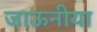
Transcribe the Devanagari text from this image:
जाऊनीया